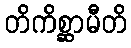
တိကိစ္ဆာမီတိ